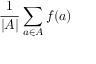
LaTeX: { \frac { 1 } { | A | } } \sum _ { a \in A } f ( a )